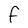
Character: F